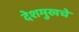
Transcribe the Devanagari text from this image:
देशमुखचे